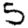
Digit: 5